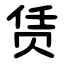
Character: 赁